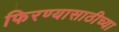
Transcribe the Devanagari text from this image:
फिरण्यासाठीच्या